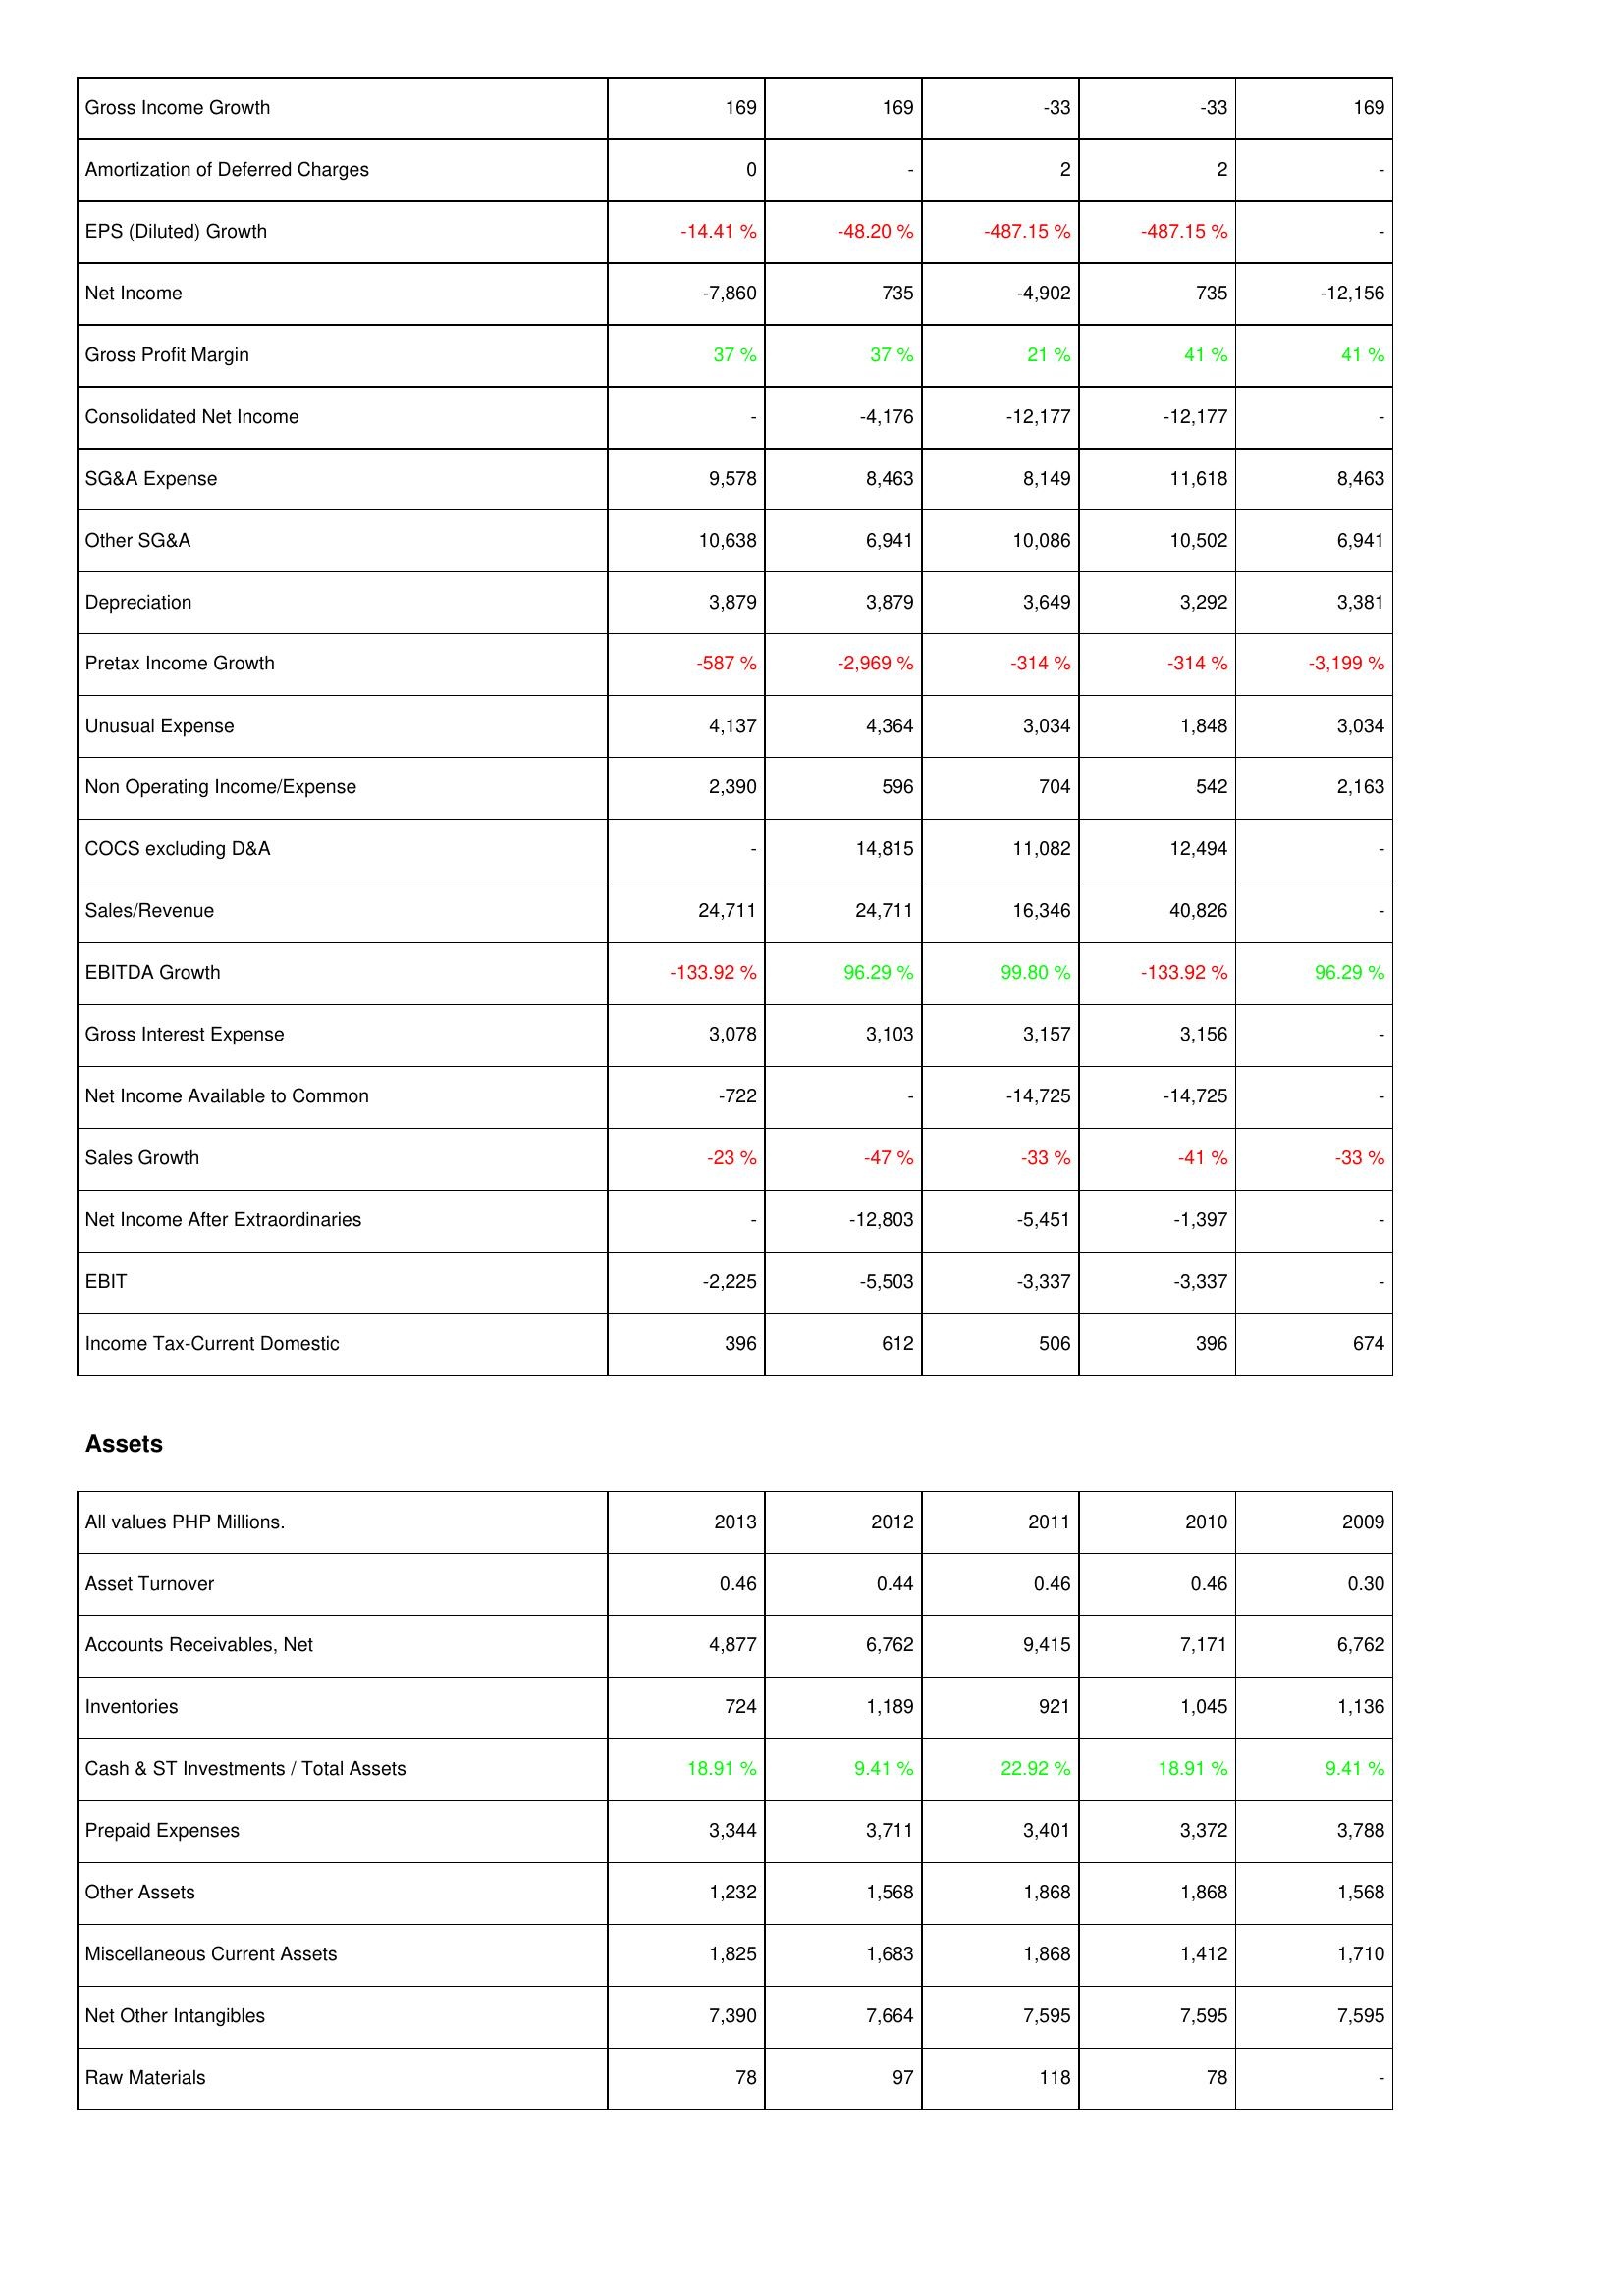
2013: Income Statement: Gross Income Growth: 169
Amortization of Deferred Charges: 0
EPS (Diluted) Growth: -14.41 %
Net Income: -7,860
Gross Profit Margin: 37 %
Consolidated Net Income: -
SG&A Expense: 9,578
Other SG&A: 10,638
Depreciation: 3,879
Pretax Income Growth: -587 %
Unusual Expense: 4,137
Non Operating Income/Expense: 2,390
COCS excluding D&A: -
Sales/Revenue: 24,711
EBITDA Growth: -133.92 %
Gross Interest Expense: 3,078
Net Income Available to Common: -722
Sales Growth: -23 %
Net Income After Extraordinaries: -
EBIT: -2,225
Income Tax-Current Domestic: 396
Assets: Asset Turnover: 0.46
Accounts Receivables, Net: 4,877
Inventories: 724
Cash & ST Investments / Total Assets: 18.91 %
Prepaid Expenses: 3,344
Other Assets: 1,232
Miscellaneous Current Assets: 1,825
Net Other Intangibles: 7,390
Raw Materials: 78
2012: Income Statement: Gross Income Growth: 169
Amortization of Deferred Charges: -
EPS (Diluted) Growth: -48.20 %
Net Income: 735
Gross Profit Margin: 37 %
Consolidated Net Income: -4,176
SG&A Expense: 8,463
Other SG&A: 6,941
Depreciation: 3,879
Pretax Income Growth: -2,969 %
Unusual Expense: 4,364
Non Operating Income/Expense: 596
COCS excluding D&A: 14,815
Sales/Revenue: 24,711
EBITDA Growth: 96.29 %
Gross Interest Expense: 3,103
Net Income Available to Common: -
Sales Growth: -47 %
Net Income After Extraordinaries: -12,803
EBIT: -5,503
Income Tax-Current Domestic: 612
Assets: Asset Turnover: 0.44
Accounts Receivables, Net: 6,762
Inventories: 1,189
Cash & ST Investments / Total Assets: 9.41 %
Prepaid Expenses: 3,711
Other Assets: 1,568
Miscellaneous Current Assets: 1,683
Net Other Intangibles: 7,664
Raw Materials: 97
2011: Income Statement: Gross Income Growth: -33
Amortization of Deferred Charges: 2
EPS (Diluted) Growth: -487.15 %
Net Income: -4,902
Gross Profit Margin: 21 %
Consolidated Net Income: -12,177
SG&A Expense: 8,149
Other SG&A: 10,086
Depreciation: 3,649
Pretax Income Growth: -314 %
Unusual Expense: 3,034
Non Operating Income/Expense: 704
COCS excluding D&A: 11,082
Sales/Revenue: 16,346
EBITDA Growth: 99.80 %
Gross Interest Expense: 3,157
Net Income Available to Common: -14,725
Sales Growth: -33 %
Net Income After Extraordinaries: -5,451
EBIT: -3,337
Income Tax-Current Domestic: 506
Assets: Asset Turnover: 0.46
Accounts Receivables, Net: 9,415
Inventories: 921
Cash & ST Investments / Total Assets: 22.92 %
Prepaid Expenses: 3,401
Other Assets: 1,868
Miscellaneous Current Assets: 1,868
Net Other Intangibles: 7,595
Raw Materials: 118
2010: Income Statement: Gross Income Growth: -33
Amortization of Deferred Charges: 2
EPS (Diluted) Growth: -487.15 %
Net Income: 735
Gross Profit Margin: 41 %
Consolidated Net Income: -12,177
SG&A Expense: 11,618
Other SG&A: 10,502
Depreciation: 3,292
Pretax Income Growth: -314 %
Unusual Expense: 1,848
Non Operating Income/Expense: 542
COCS excluding D&A: 12,494
Sales/Revenue: 40,826
EBITDA Growth: -133.92 %
Gross Interest Expense: 3,156
Net Income Available to Common: -14,725
Sales Growth: -41 %
Net Income After Extraordinaries: -1,397
EBIT: -3,337
Income Tax-Current Domestic: 396
Assets: Asset Turnover: 0.46
Accounts Receivables, Net: 7,171
Inventories: 1,045
Cash & ST Investments / Total Assets: 18.91 %
Prepaid Expenses: 3,372
Other Assets: 1,868
Miscellaneous Current Assets: 1,412
Net Other Intangibles: 7,595
Raw Materials: 78
2009: Income Statement: Gross Income Growth: 169
Amortization of Deferred Charges: -
EPS (Diluted) Growth: -
Net Income: -12,156
Gross Profit Margin: 41 %
Consolidated Net Income: -
SG&A Expense: 8,463
Other SG&A: 6,941
Depreciation: 3,381
Pretax Income Growth: -3,199 %
Unusual Expense: 3,034
Non Operating Income/Expense: 2,163
COCS excluding D&A: -
Sales/Revenue: -
EBITDA Growth: 96.29 %
Gross Interest Expense: -
Net Income Available to Common: -
Sales Growth: -33 %
Net Income After Extraordinaries: -
EBIT: -
Income Tax-Current Domestic: 674
Assets: Asset Turnover: 0.30
Accounts Receivables, Net: 6,762
Inventories: 1,136
Cash & ST Investments / Total Assets: 9.41 %
Prepaid Expenses: 3,788
Other Assets: 1,568
Miscellaneous Current Assets: 1,710
Net Other Intangibles: 7,595
Raw Materials: -